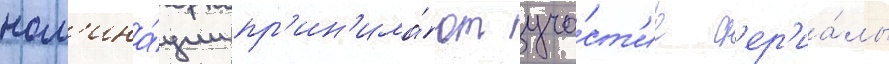
ном'ина́ции пр'ин'има́ют уча́ст'ие с'ер'иа́лы